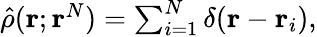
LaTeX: \begin{array}{r}{\hat{\rho}(\mathbf{r};\mathbf{r}^{N})=\sum_{i=1}^{N}\delta(\mathbf{r}-\mathbf{r}_{i}),}\end{array}